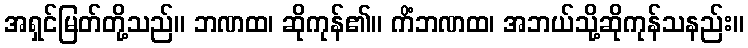
အရှင်မြတ်တို့သည်။ ဘဏထ၊ ဆိုကုန်၏။ ကိံဘဏထ၊ အဘယ်သို့ဆိုကုန်သနည်း။